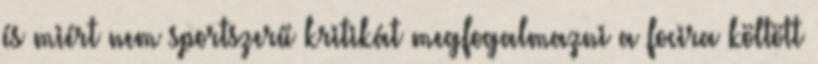
és miért nem sportszerű kritikát megfogalmazni a focira költött